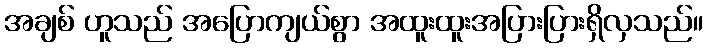
အချစ် ဟူသည် အပြောကျယ်စွာ အထူးထူးအပြားပြားရှိလှသည်။